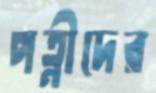
পত্নীদের